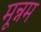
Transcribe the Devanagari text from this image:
मून्नम